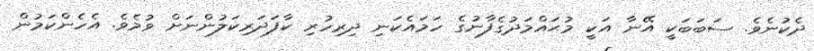
ދެކުނެވެ. ސަބަބަކީ އޭނާ އަކީ މުޙައްމަދުގެފާނުގެ ހަމައެކަނި ދިރިހުރި ކާފަދަރިކަލުންނަށް ވުމެވެ. އެހެންކަމުން